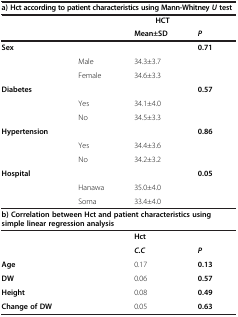
| <COLSPAN=4> a) Hct according to patient characteristics using Mann-Whitney U test |
 |  |  | HCT |  |
 |  |  | Mean±SD | P |
 | --- | --- | --- | --- |
 | Sex |  |  | 0.71 |
 |  | Male | 34.3±3.7 |  |
 |  | Female | 34.6±3.3 |  |
 | Diabetes |  |  | 0.57 |
 |  | Yes | 34.1±4.0 |  |
 |  | No | 34.5±3.3 |  |
 | Hypertension |  |  | 0.86 |
 |  | Yes | 34.4±3.6 |  |
 |  | No | 34.2±3.2 |  |
 | Hospital |  |  | 0.05 |
 |  | Hanawa | 35.0±4.0 |  |
 |  | Soma | 33.4±4.0 |  |
 | <COLSPAN=4> b) Correlation between Hct and patient characteristics using simple linear regression analysis |
 | <COLSPAN=2>  | Hct |  |
 | <COLSPAN=2>  | C.C | P |
 | <COLSPAN=2> Age | 0.17 | 0.13 |
 | <COLSPAN=2> DW | 0.06 | 0.57 |
 | <COLSPAN=2> Height | 0.08 | 0.49 |
 | <COLSPAN=2> Change of DW | 0.05 | 0.63 |